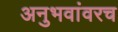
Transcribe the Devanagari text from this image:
अनुभवांवरच